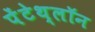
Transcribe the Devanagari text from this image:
पेंटेथ्लॉन